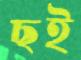
ছই